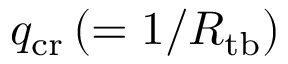
q _ { \mathrm { c r } } \, ( = 1 / R _ { \mathrm { t b } } )